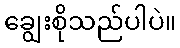
ချွေးစိုသည်ပါပဲ။